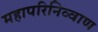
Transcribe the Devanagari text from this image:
महापरिनिव्वाण